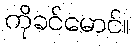
ကိုခင်မောင်။